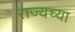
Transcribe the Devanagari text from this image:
राज्यच्या